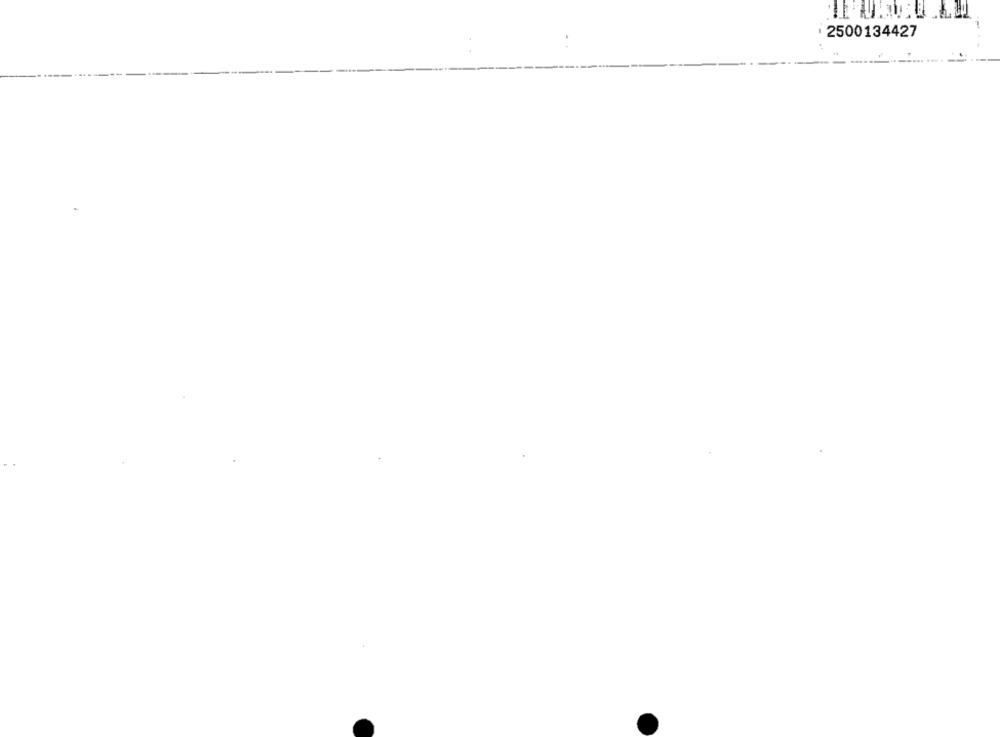
: 2500134427